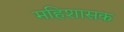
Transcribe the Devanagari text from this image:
महिशासक